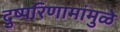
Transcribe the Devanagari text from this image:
दुष्परिणामांमुळे